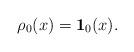
LaTeX: \begin{align*}\rho_0(x) = \mathbf{1}_{0}(x).\end{align*}